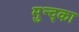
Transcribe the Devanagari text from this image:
मुन्द्का